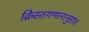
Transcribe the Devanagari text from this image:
क्रिस्तगणानानुसार